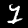
Label: 1